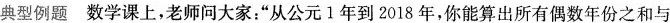
典型例题数学课上，老师问大家”从公元1年到2018年，你能算出所有偶数年份之和与